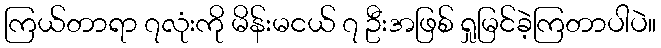
ကြယ်တာရာ ၇လုံးကို မိန်းမငယ် ၇ ဦးအဖြစ် ရှုမြင်ခဲ့ကြတာပါပဲ။